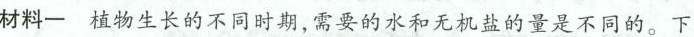
材料一植物生长的不同时期，需要的水和无机盐的量是不同的。下